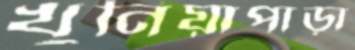
খুনিয়াপাড়া